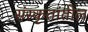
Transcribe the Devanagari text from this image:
संस्कृतांतील